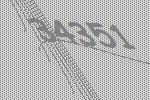
34351